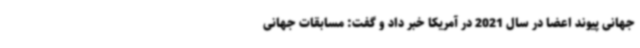
جهانی پیوند اعضا در سال 2021 در آمریکا خبر داد و گفت:‌ مسابقات جهانی